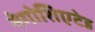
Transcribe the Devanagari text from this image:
नेगोशिएटेड